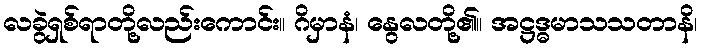
လခွဲရှစ်ရာတို့လည်းကောင်း။ ဂိမှာနံ၊ နွေလတို့၏။ အဋ္ဌဒ္ဓမာသသတာနိ၊